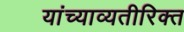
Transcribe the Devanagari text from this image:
यांच्याव्यतीरिक्त